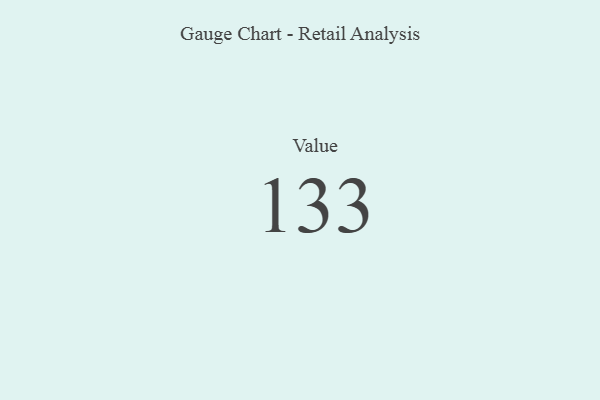
{"axis": {"x": "Metric", "y": "Value"}, "legend": [""], "data": [{"x": "Value", "y": 133, "type": ""}]}